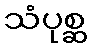
သံပုစ္ဆ